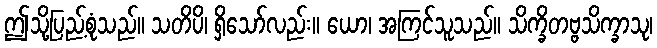
ဤသို့ပြည့်စုံသည်။ သတိပိ၊ ရှိသော်လည်း။ ယော၊ အကြင်သူသည်။ သိက္ခိတဗ္ဗသိက္ခာသု၊